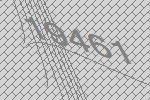
19461